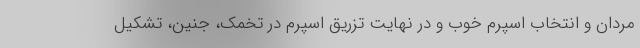
مردان و انتخاب اسپرم خوب و در نهایت تزریق اسپرم در تخمک، جنین، تشکیل